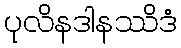
ပုလိနဒါနဿိဒံ